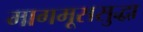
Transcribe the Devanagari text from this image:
मागमूससुद्धा